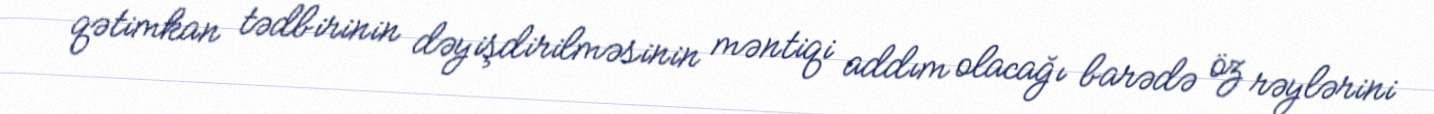
qətimkan tədbirinin dəyişdirilməsinin məntiqi addım olacağı barədə öz rəylərini